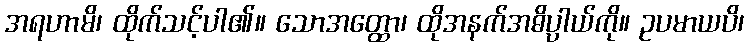
အရဟာမိ၊ ထိုက်သင့်ပါ၏။ သောအတ္ထော၊ ထိုအနက်အဓိပ္ပာယ်ကို။ ဥပမာယပိ၊